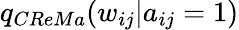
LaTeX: q_{CReMa}(w_{ij}|a_{ij}=1)